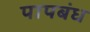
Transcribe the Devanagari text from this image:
पापबंध